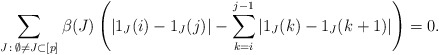
\begin{align*} \sum_{J\, :\, \emptyset\not=J\subset [p]} \beta(J) \left(| 1_{J}(i) - 1_{J}(j)| - \sum_{k=i}^{j-1} | 1_{J}(k) - 1_{J}(k+1)|\right) =0. \end{align*}